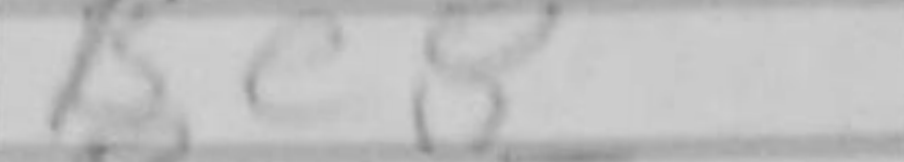
Transcription: Be8